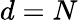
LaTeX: d=N